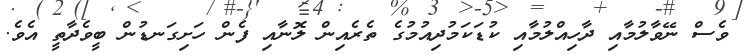
ވެސް ނޭވާލުމާއި ދާހިއްލުމާއި ކުޑަކަމުދިއުމުގެ ތެރެއިން ލޮނާއި ފެން ހަށިގަނޑުން ބީވެދާތީ އެވެ.